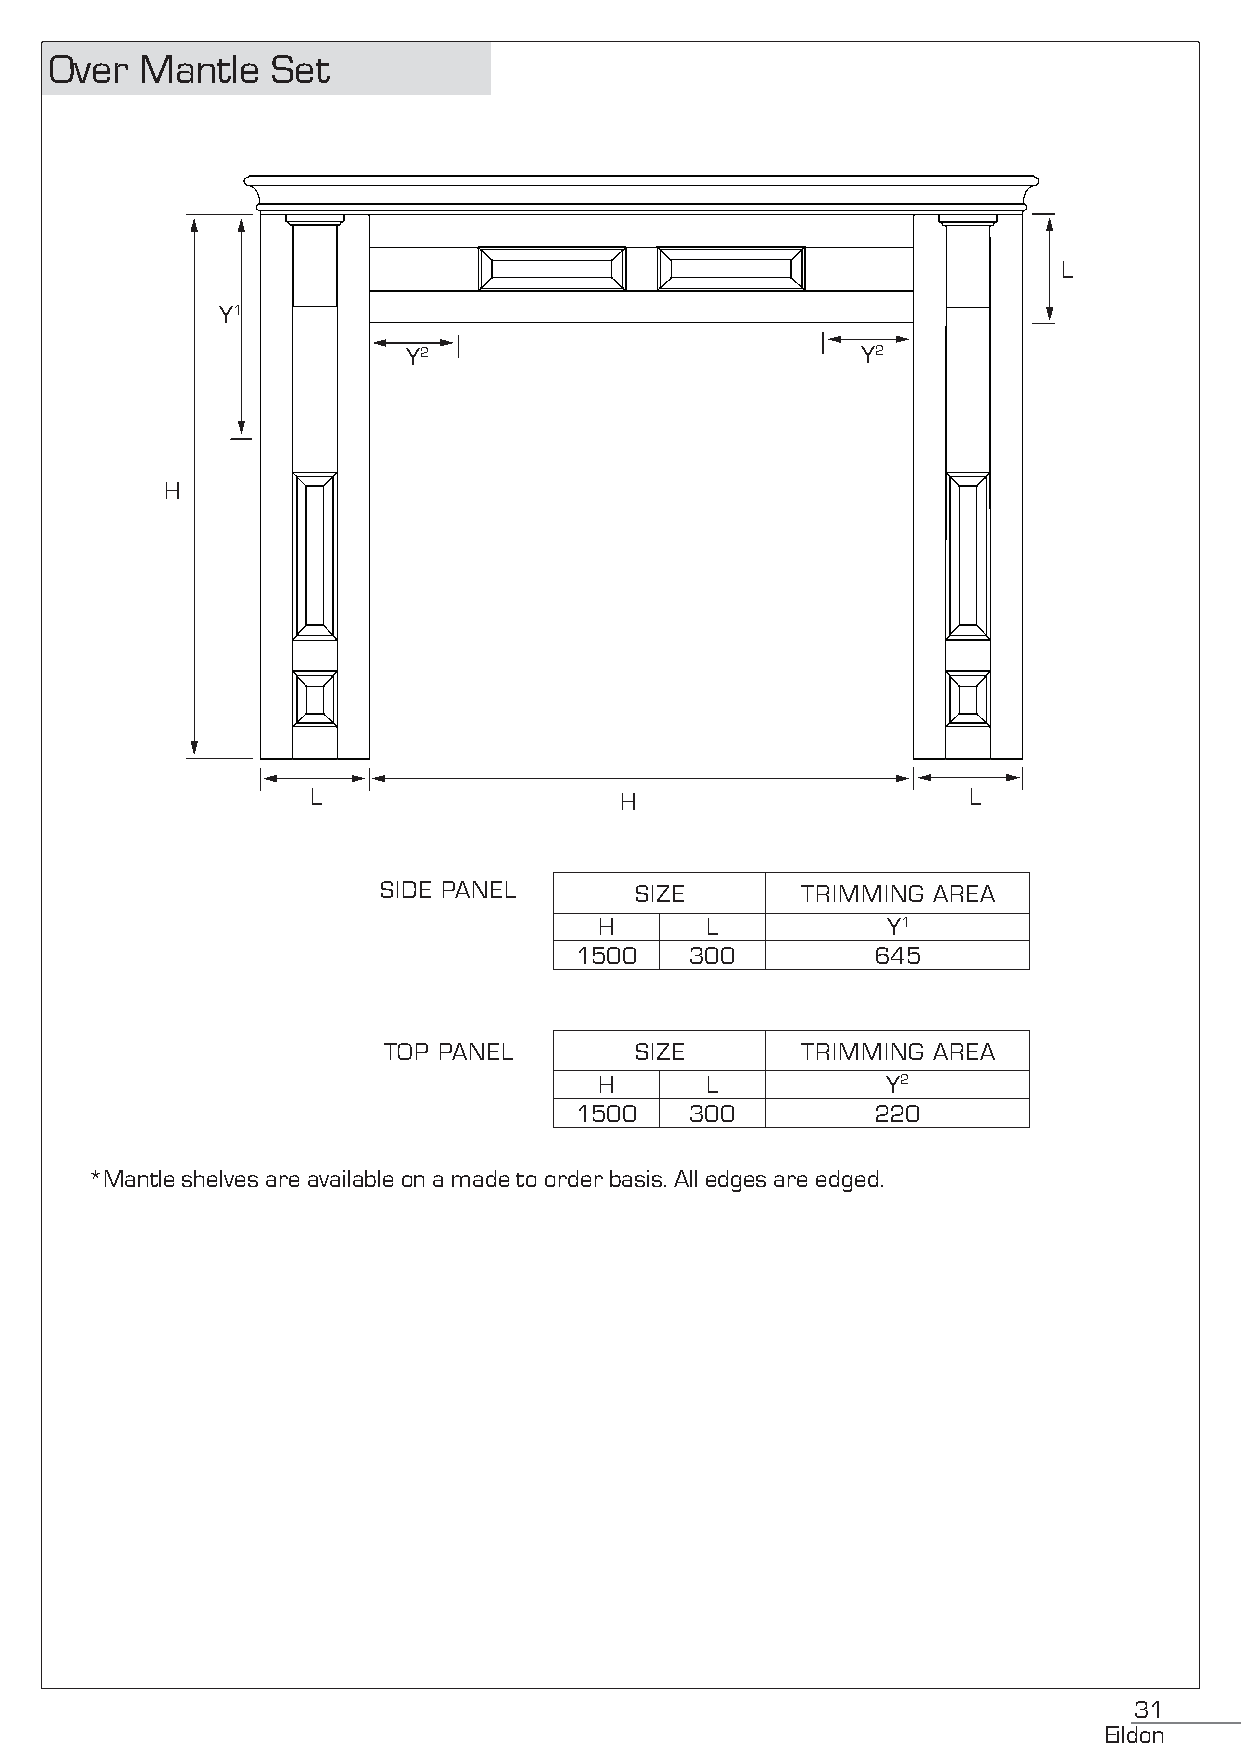
Over  Mantle   Set
 L
 Y1
 Y2                            Y2
 H
 L                   H                      L
 SIDE PANEL       SIZE       TRIMMING AREA
 H      L           Y1
 1500    300         645
 TOP PANEL        SIZE       TRIMMING AREA
 H      L           Y2
 1500    300         220
 *Mantle shelves are available on a made to order basis. All edges are edged.
 31
 Eildon